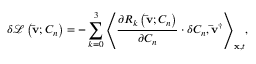
\delta { \mathcal L } \left( { { \bf { \bar { v } } } ; { C _ { n } } } \right) = - \sum _ { k = 0 } ^ { 3 } { { { \left\langle { \frac { { \partial { R _ { k } } \left( { { \bf { \bar { v } } } ; { C _ { n } } } \right) } } { { \partial { C _ { n } } } } \cdot \delta { C _ { n } } , { { { \bf { \bar { v } } } } ^ { \dag } } } \right\rangle } _ { { \bf { x } } , t } } } ,